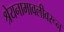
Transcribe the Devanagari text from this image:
श्रेयनामावलीवरून